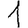
Digit: 1